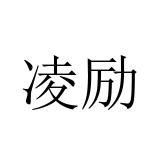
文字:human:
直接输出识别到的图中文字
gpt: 凌励